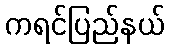
ကရင်ပြည်နယ်